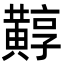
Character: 䵍